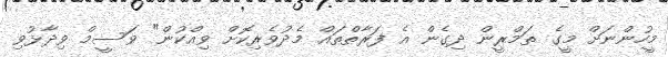
މީހުންނަށް މީގެ ތަމްރީން ދިގެން އެ ފަރާތްތައް މެދުވެރިކޮށް ވިއްކުން" ވަސީމް ވިދާޅުވި